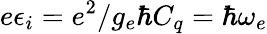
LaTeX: e\epsilon_{i}=e^{2}/g_{e}\hbar C_{q}=\hbar\omega_{e}